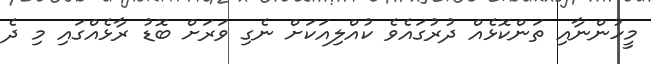
މީހުންނާއި ތަންކޮޅެއް ދުރުގައެވެ ކުއްލިއަކަށް ނެގި ވަރަށް ބޮޑު ރާޅެއްގައި މި ދެ